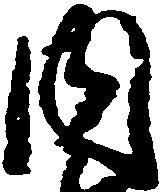
内